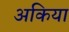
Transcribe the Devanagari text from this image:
अकिया